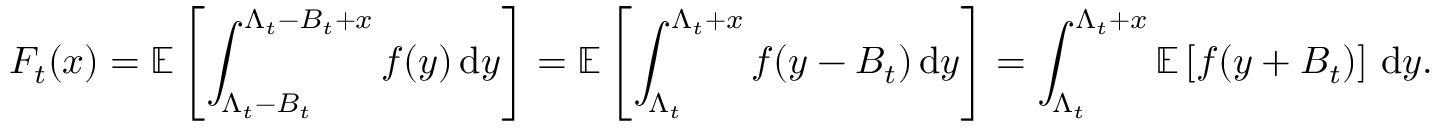
F _ { t } ( x ) = \mathbb { E } \left[ \int _ { \Lambda _ { t } - B _ { t } } ^ { \Lambda _ { t } - B _ { t } + x } f ( y ) \, \mathrm { d } y \right] = \mathbb { E } \left[ \int _ { \Lambda _ { t } } ^ { \Lambda _ { t } + x } f ( y - B _ { t } ) \, \mathrm { d } y \right] = \int _ { \Lambda _ { t } } ^ { \Lambda _ { t } + x } \mathbb { E } \left[ f ( y + B _ { t } ) \right] \, \mathrm { d } y .